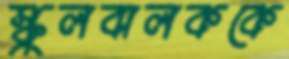
স্কুলবালককে